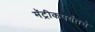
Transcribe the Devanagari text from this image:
मॅट्रीकपर्यंतचे